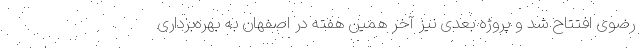
رضوی افتتاح شد و پروژه بعدی نیز آخر همین هفته در اصفهان به بهره‌برداری